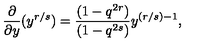
\frac { \partial } { \partial y } ( y ^ { r / s } ) = \frac { ( 1 - q ^ { 2 r } ) } { ( 1 - q ^ { 2 s } ) } y ^ { ( r / s ) - 1 } ,